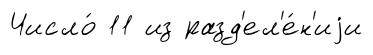
Число́ 11 из разд'ел'е́н'иjи